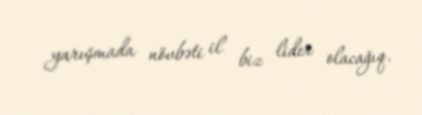
yarışmada növbəti il biz lider olacağıq.